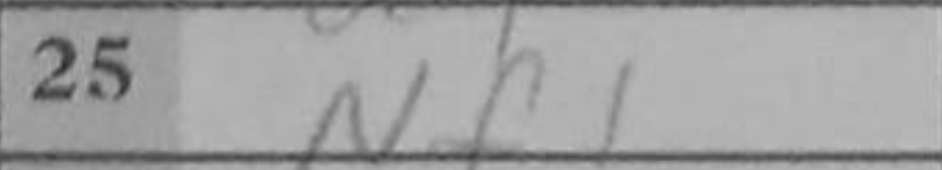
Transcription: Nf1